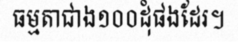
ធម្មតាជាង១០០ដុំផងដែរ។